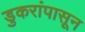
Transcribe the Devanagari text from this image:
डुकरांपासून